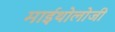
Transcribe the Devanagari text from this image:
माईथोलोजी